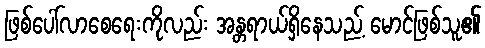
ဖြစ်ပေါ်လာစေရေးကိုလည်း အန္တရာယ်ရှိနေသည့် မောင်ဖြစ်သူ၏